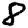
Digit: 8